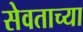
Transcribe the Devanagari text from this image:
सेवताच्या